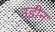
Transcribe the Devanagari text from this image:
उडीन